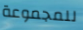
للمجموعة